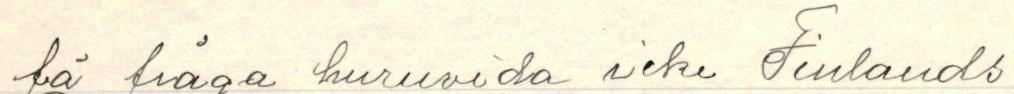
få fråga huruvida icke Finlands